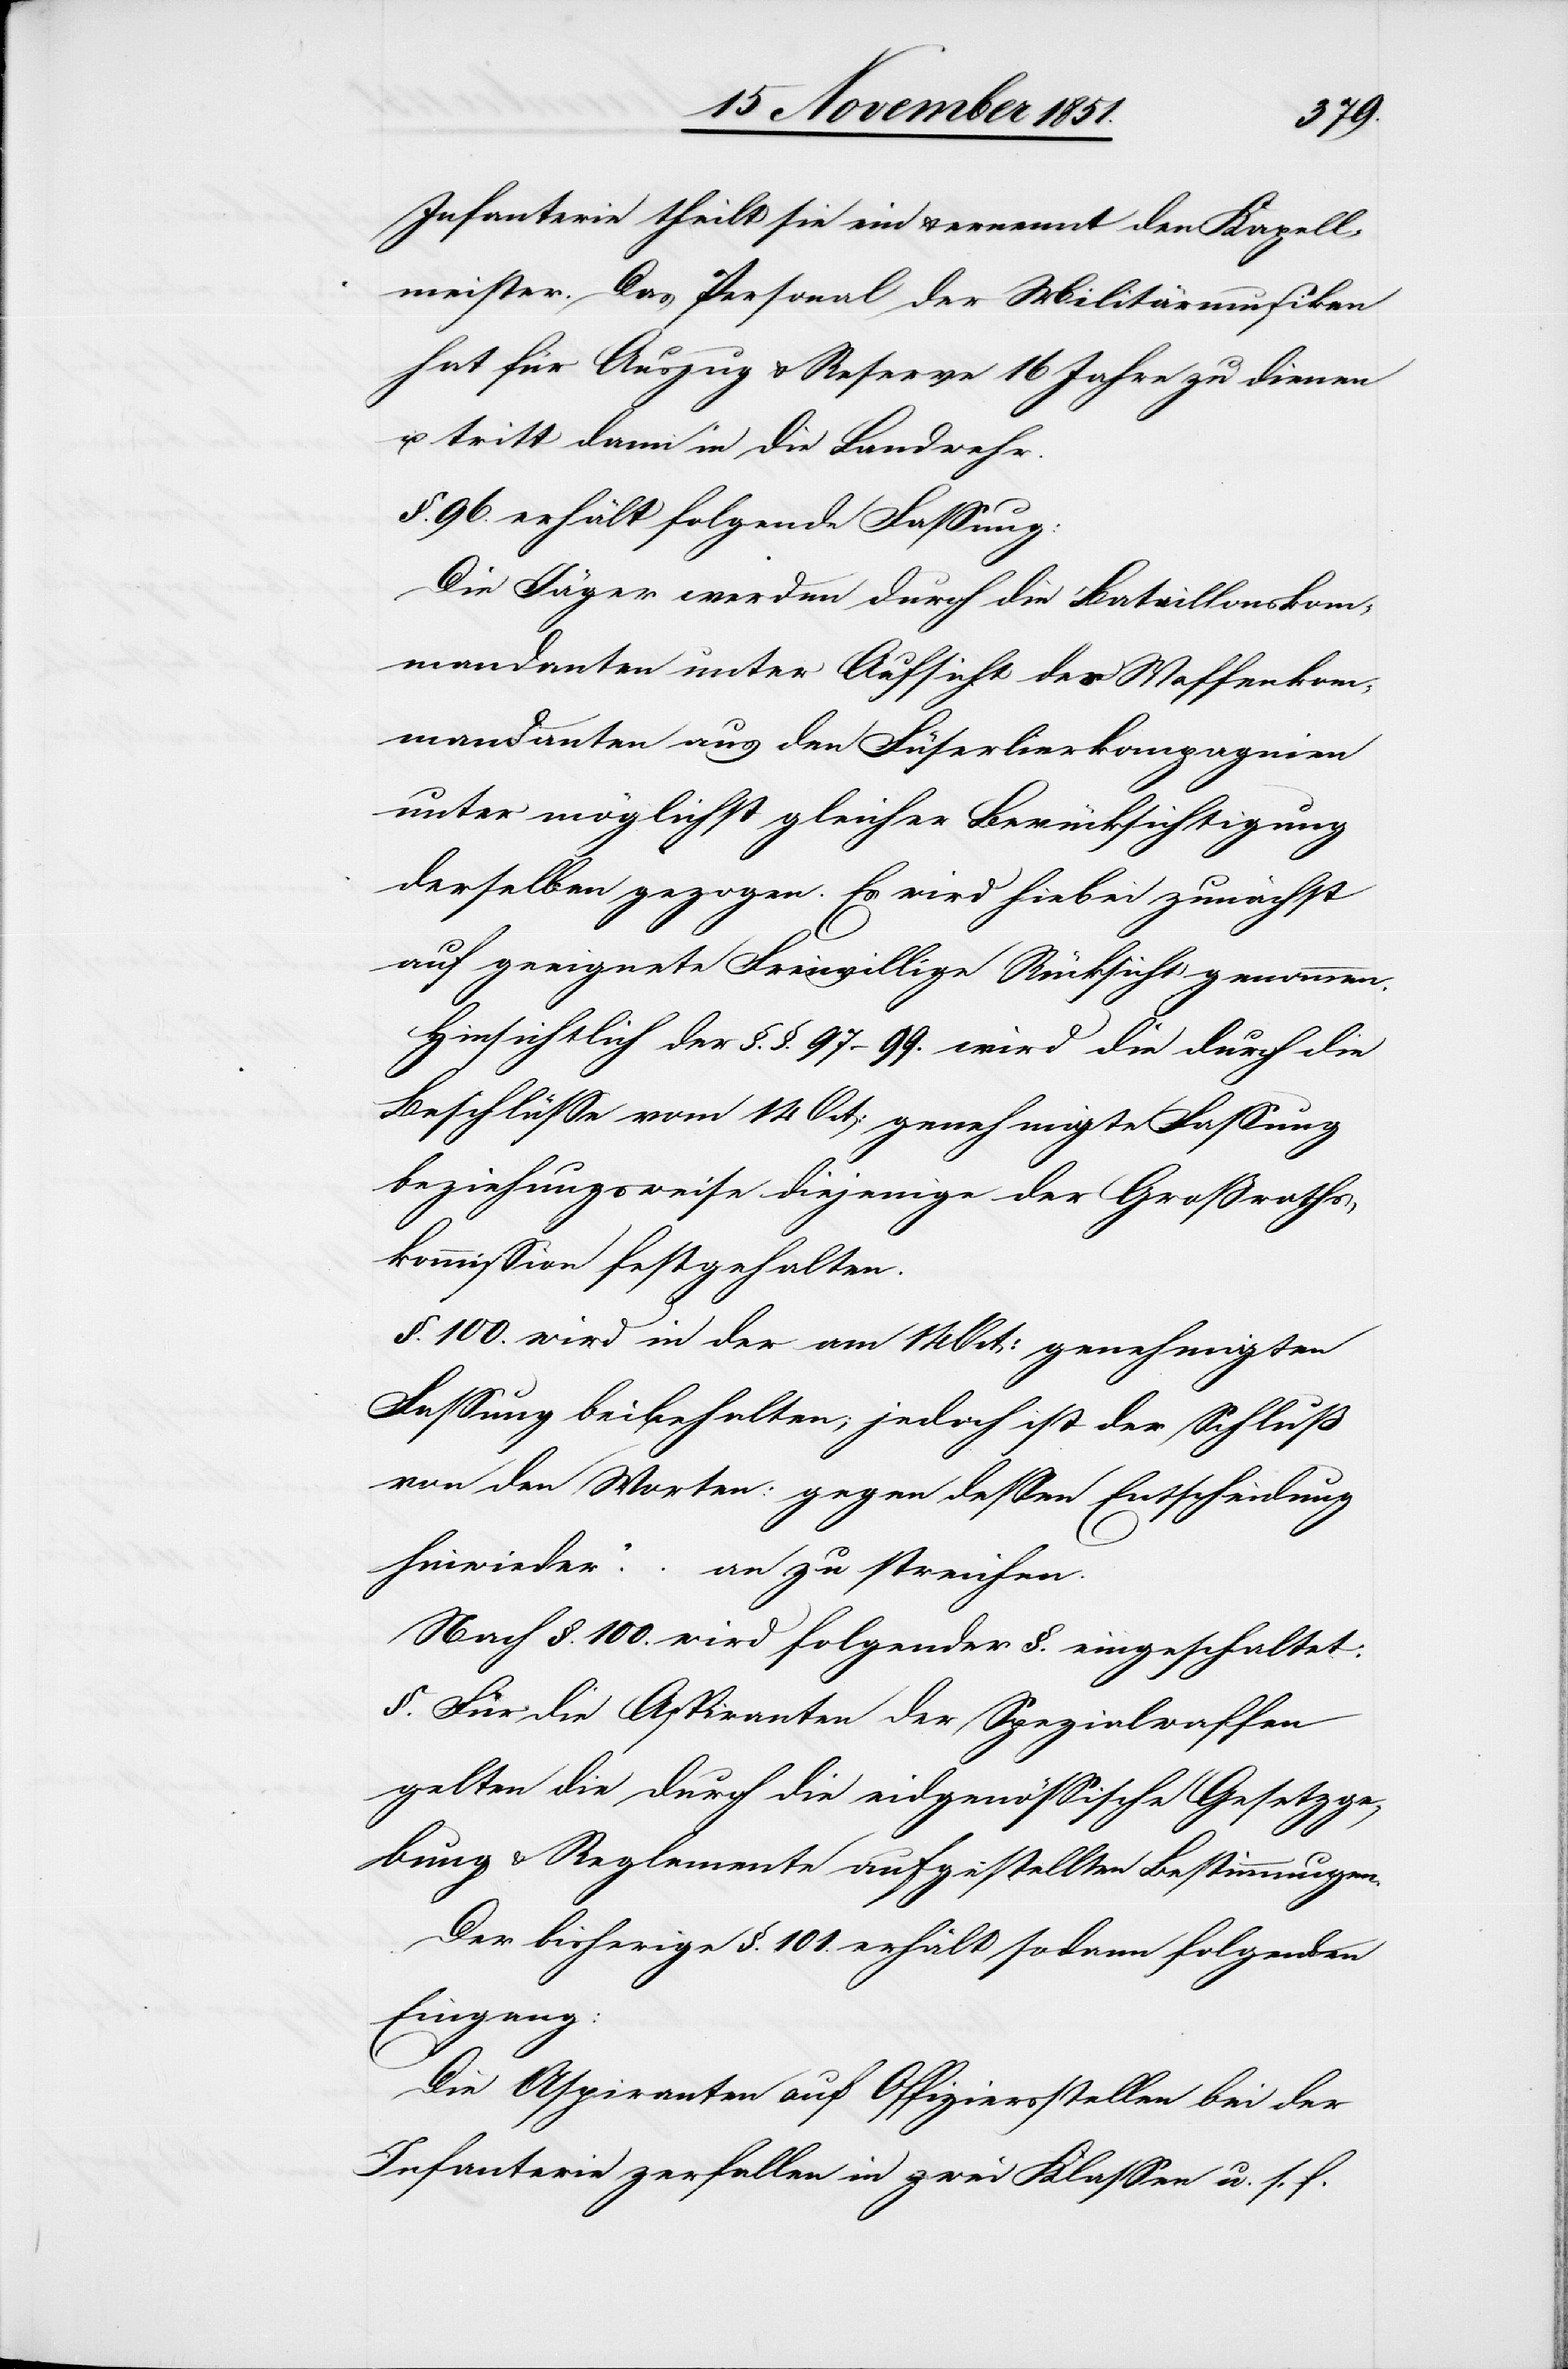
Infanterie theilt sie ein & ernennt den Kapell¬
meister. Das Personal der Militärmusiken
hat für Auszug & Reserve 16 Jahre zu dienen
u. tritt dann in die Landwehr.
§. 96. erhält folgende Fassung:
Die Jäger werden durch die Bataillonskom¬
mandanten unter Aufsicht der Waffenkom¬
mandanten aus den Füserlierkompagnien
unter möglichst gleicher Berücksichtigung
derselben gezogen. Es wird hiebei zunächst
auf geeignete Freiwillige Rücksicht genommen.
Hinsichtlich der §.§. 97–99. wird die durch die
Beschlüsse vom 14 Oct: genehmigte Fassung
beziehungsweise diejenige der Großraths¬
kommission festgehalten.
§. 100. wird in der am 14 Oct: genehmigten
Fassung beibehalten; jedoch ist der Schluß
von den Worten: [„]gegen dessen Entscheidung
hinwieder …“ an zu streichen.
Nach §. 100. wird folgender §. eingeschaltet:
§. Für die Aspiranten der Spezialwaffen
gelten die durch die eidgenössische Gesetzge¬
bung & Reglemente aufgestellten Bestimmungen.
Der bisherige §. 101. erhält sodann folgenden
Eingang:
Die Aspiranten auf Offiziersstellen bei der
Infanterie zerfallen in zwei Klassen u. s. f.